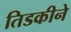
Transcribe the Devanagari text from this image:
तिडकीने